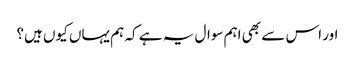
اور اس سے بھی اہم سوال یہ ہے کہ ہم یہاں کیوں ہیں؟